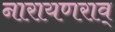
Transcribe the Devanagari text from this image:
नारायणराव्